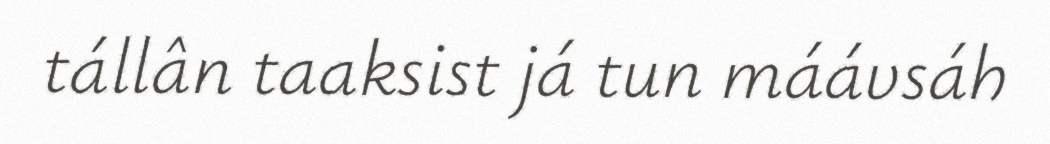
tállân taaksist já tun máávsáh